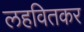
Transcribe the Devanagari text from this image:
लहवितकर